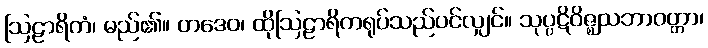
ဩဠာရိကံ၊ မည်၏။ တဒေဝ၊ ထိုဩဠာရိကရုပ်သည်ပင်လျှင်။ သုပ္ပဋိဝိဇ္ဈသဘာဝတ္တာ၊